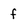
Character: f